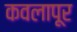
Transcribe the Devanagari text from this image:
कवलापूर